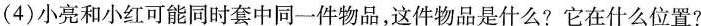
(4)小亮和小红可能同时套中同一件物品，这件物品是什么?它在什么位置?